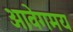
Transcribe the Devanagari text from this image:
आवेगमय